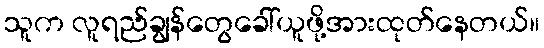
သူက လူရည်ချွန်တွေခေါ်ယူဖို့အားထုတ်နေတယ်။